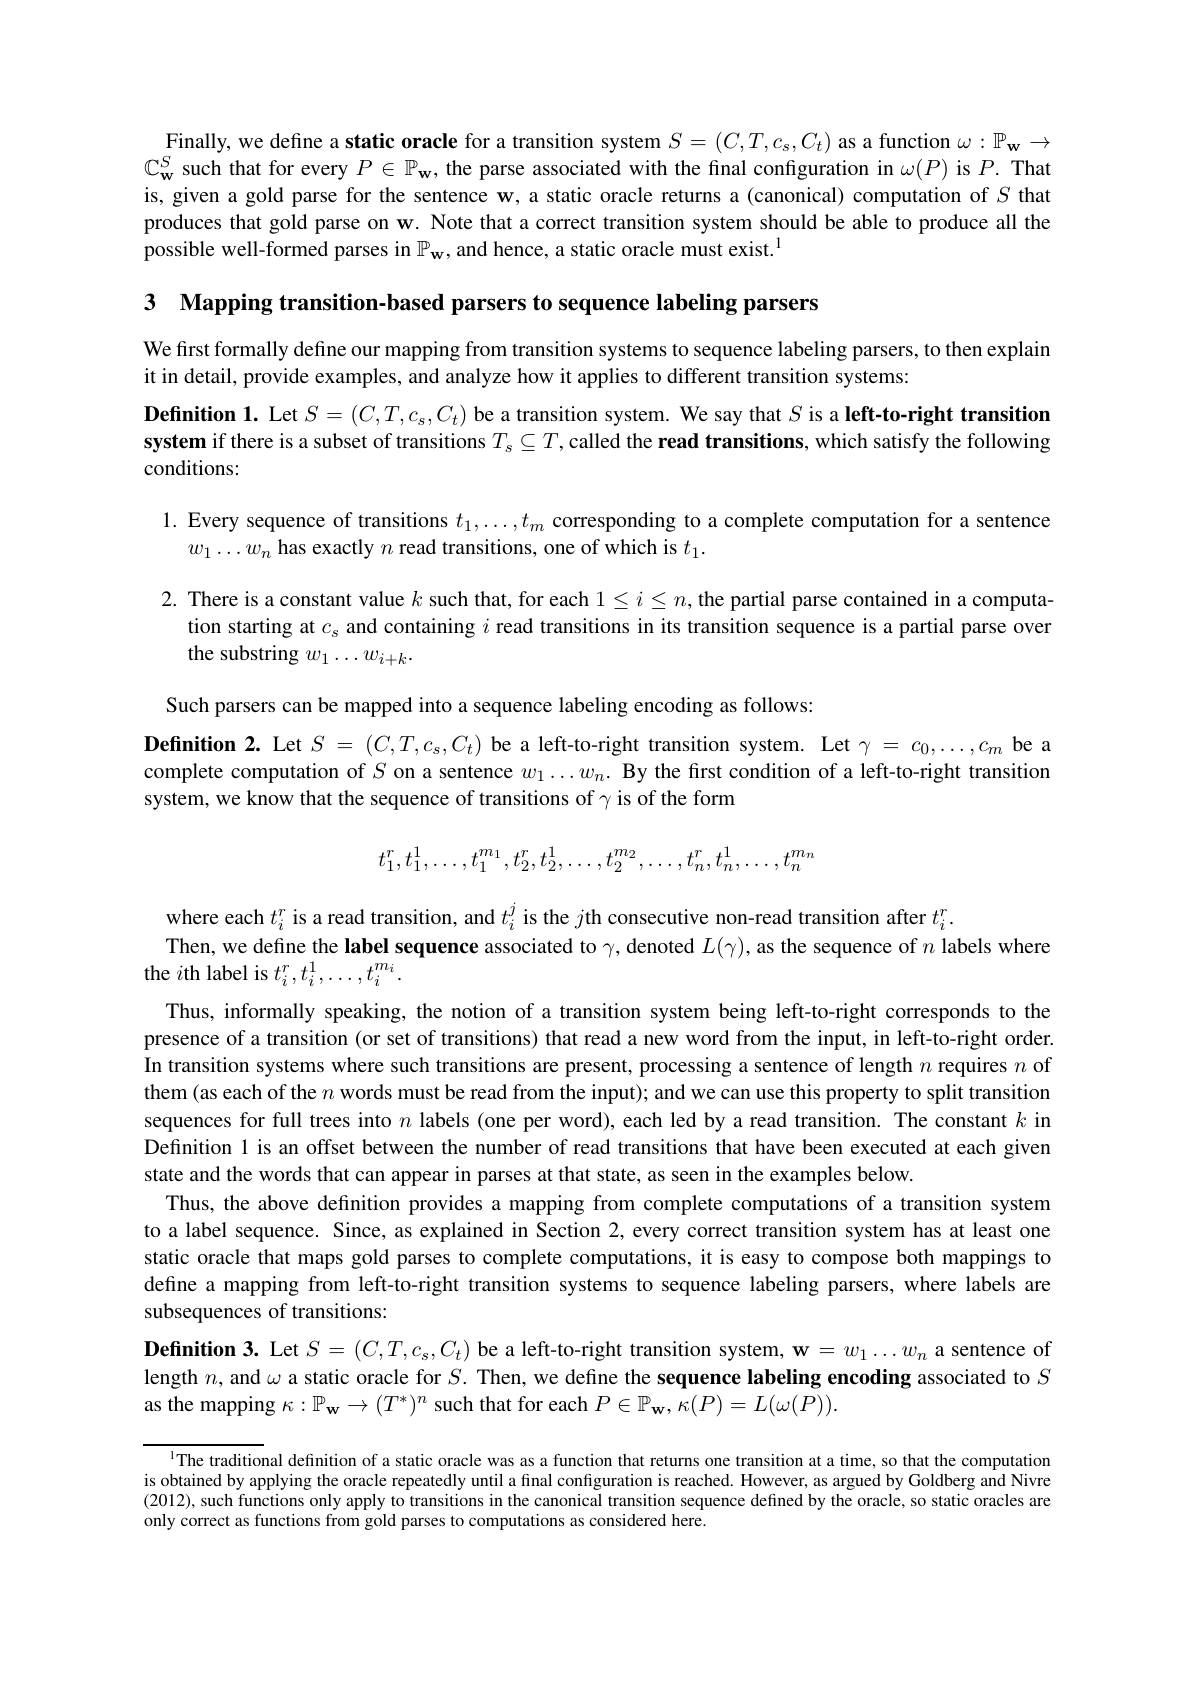
Finally, we define a static oracle for a transition system $S=(C,T,c_{\mathrm{s}},C_{t})$ as a function $\omega:\mathbb{P}_\mathbf{w}\to$ $\mathbb{C}_\mathbf{w}^S$ such that for every $P\in\mathbb{P}_\mathbf{w}$, the parse associated with the final configuration in $\omega(P)$ is $P.$ That is, given a gold parse for the sentence w, a static oracle returns a (canonical) computation of $S$ that produces that gold parse on w. Note that a correct transition system should be able to produce all the possible well-formed parses in $\mathbb{P}_\mathbf{w}$, and hence, a static oracle must exist.$^{1}$

3 Mapping transition-based parsers to sequence labeling parsers

We first formally define our mapping from transition systems to sequence labeling parsers, to then explain
it in detail, provide examples, and analyze how it applies to different transition systems
Definition 1. Let $S=(C,T,c_s,C_t)$ be a transition system. We say that $S$ is a left-to-right transition system if there is a subset of transitions $T_s\subseteq T$,called the read transitions, which satisfy the following conditions:

1. Every sequence of transitions $t_1,\ldots,t_m$ corresponding to a complete computation for a sentence
$w_{1}\ldots w_{n}$ has exactly $n$ read transitions, one of which is $t_1.$
2. There is a constant value $k$ such that, for each $1\leq i\leq n$, the partial parse contained in a computa-
tion starting at $c_\mathrm{s}$ and containing $i$ read transitions in its transition sequence is a partial parse over
the substring $w_1\ldots w_{i+k}.$

Such parsers can be mapped into a sequence labeling encoding as follows:
Definition 2. Let $S=(C,T,c_s,C_t)$ be a left-to-right transition system. Let $\gamma=c_0,\ldots,c_m$ be a complete computation of $S$ on a sentence $w_1\ldots w_n. \textbf{ By the first condition of a left- to- right transition}$ system, we know that the sequence of transitions of $\gamma$ is of the form
$$t_{1}^{r},t_{1}^{1},\ldots,t_{1}^{m_{1}},t_{2}^{r},t_{2}^{1},\ldots,t_{2}^{m_{2}},\ldots,t_{n}^{r},t_{n}^{1},\ldots,t_{n}^{m_{n}}$$
where each $t_i^r$ is a read transition, and $t_i^j$ is the $j$th consecutive non-read transition after $t_i^r.$
Then, we define the label sequence associated to $\gamma$, denoted $L(\gamma)$, as the sequence of $n$ labels where
the $i$th label is $t_i^r,t_i^1,\ldots,t_i^{m_i}.$

Thus, informally speaking, the notion of a transition system being left-to-right corresponds to the presence of a transition (or set of transitions) that read a new word from the input, in left-to-right order. In transition systems where such transitions are present, processing a sentence of length $n$ requires $n$ of them (as each of the $n$ words must be read from the input); and we can use this property to split transition sequences for full trees into $n$ labels (one per word), each led by a read transition. The constant $k$ in Definition 1 is an offset between the number of read transitions that have been executed at each given state and the words that can appear in parses at that state, as seen in the examples below.
Thus, the above definition provides a mapping from complete computations of a transition system to a label sequence. Since, as explained in Section 2,every correct transition system has at least one static oracle that maps gold parses to complete computations, it is easy to compose both mappings to define a mapping from left-to-right transition systems to sequence labeling parsers, where labels are subsequences of transitions:

Definition 3. Let $S=(C,T,c_s,C_t)$ be a left-to-right transition system, w $=w_1\ldots w_n$ a sentence of length $n$, and $\omega$ a static oracle for $S.$ Then, we define the sequence labeling encoding associated to $S$ as the mapping $\kappa:\mathbb{P}_\mathbf{w}\to(T^*)^n$ such that for each $P\in\mathbb{P}_\mathbf{w},\kappa(P)=L(\omega(P)).$

l The traditional definition of a static oracle was as a function that returns one transition at a time, so that the computation is obtained by applying the oracle repeatedly until a final confguration is reached. However, as argued by Goldberg and Nivre (2012), such functions only apply to transitions in the canonical transition sequence defined by the oracle, so static oracles are only correct as functions from gold parses to computations as considered here.